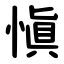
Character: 愼